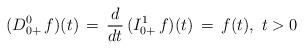
LaTeX: \begin{align*}(D^0_{0+}\, f)(t) \, = \,\frac{d}{dt}\, (I^{1}_{0+}\, f)(t)\, = \, f(t),\ t>0\end{align*}